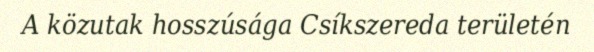
A közutak hosszúsága Csíkszereda területén